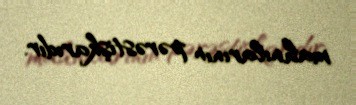
mahnılarının pərəstişkarıdır.